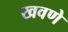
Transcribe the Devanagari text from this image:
खवणे